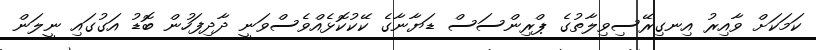
ކަމަކަށް ވާއިރު އިނގިރޭސިވިލާތުގެ ޕްރިންސަސް ޑަޔާނާގެ ކޭކުކޮޅެއްވެސްވަނީ ދާދިފަހުން ބޮޑު އަގުގައި ނީލަން